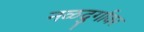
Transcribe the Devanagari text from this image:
नळदुर्गावर